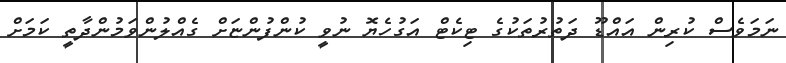
ނަމަވެސް ކުރިން އައްޑޫ ދަތުރުތަކުގެ ޓިކެޓް އަގުހެޔޮ ނުވީ ކުންފުންޏަށް ގެއްލުންވަމުންދާތީ ކަމަށް